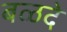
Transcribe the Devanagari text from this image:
बळदे